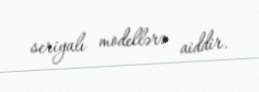
seriyalı modellərə aiddir.